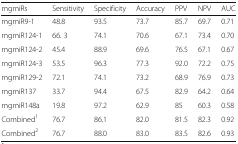
<table><thead><tr><td><b>mgmiRs</b></td><td><b>Sensitivity</b></td><td><b>Specificity</b></td><td><b>Accuracy</b></td><td><b>PPV</b></td><td><b>NPV</b></td><td><b>AUC</b></td></tr></thead><tbody><tr><td>mgmiR9-1</td><td>48.8</td><td>93.5</td><td>73.7</td><td>85.7</td><td>69.7</td><td>0.71</td></tr><tr><td>mgmiR124-1</td><td>66. 3</td><td>74.1</td><td>70.6</td><td>67.1</td><td>73.4</td><td>0.70</td></tr><tr><td>mgmiR124-2</td><td>45.4</td><td>88.9</td><td>69.6</td><td>76.5</td><td>67.1</td><td>0.67</td></tr><tr><td>mgmiR124-3</td><td>53.5</td><td>96.3</td><td>77.3</td><td>92.0</td><td>72.2</td><td>0.75</td></tr><tr><td>mgmiR129-2</td><td>72.1</td><td>74.1</td><td>73.2</td><td>68.9</td><td>76.9</td><td>0.73</td></tr><tr><td>mgmiR137</td><td>33.7</td><td>94.4</td><td>67.5</td><td>82.9</td><td>64.2</td><td>0.64</td></tr><tr><td>mgmiR148a</td><td>19.8</td><td>97.2</td><td>62.9</td><td>85</td><td>60.3</td><td>0.58</td></tr><tr><td>Combined<sup>1</sup></td><td>76.7</td><td>86.1</td><td>82.0</td><td>81.5</td><td>82.3</td><td>0.92</td></tr><tr><td>Combined<sup>2</sup></td><td>76.7</td><td>88.0</td><td>83.0</td><td>83.5</td><td>82.6</td><td>0.93</td></tr></tbody></table>